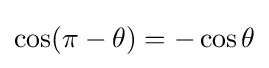
\cos(\pi -\theta )=-\cos \theta